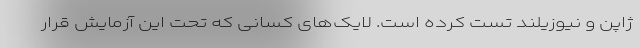
ژاپن و نیوزیلند تست کرده است. لایک‌های کسانی که تحت این آزمایش قرار